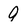
Character: 9